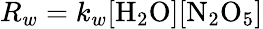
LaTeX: R_{w}=k_{w}[\mathrm{H}_{2}\mathrm{O}][\mathrm{N}_{2}\mathrm{O}_{5}]